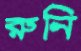
রুনি